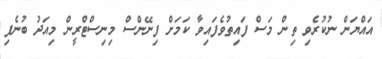
އައްޔަން ނުކުރެވި ތިން މަސް ފައިތުވެފައިވާ ކަމަށް ފިނޭންސް މިނިސްޓްރީން މިއަދު ބުނެފި